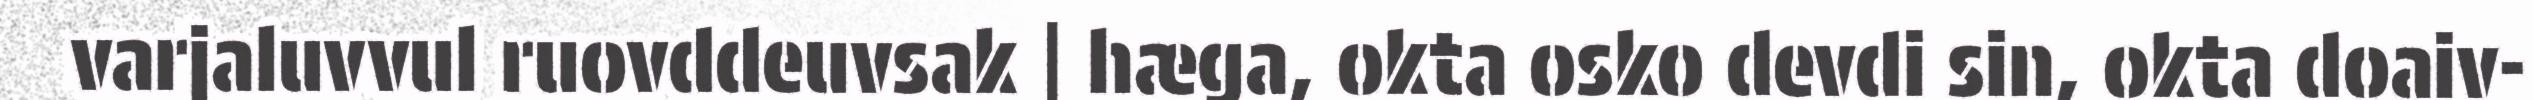
varjaluvvul ruovddeuvsak | hæga, okta osko devdi sin, okta doaiv-